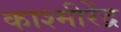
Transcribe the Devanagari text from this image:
काश्मीरेंद्र